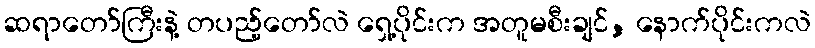
ဆရာတော်ကြီးနဲ့ တပည့်တော်လဲ ရှေ့ပိုင်းက အတူမစီးချင်, နောက်ပိုင်းကလဲ